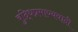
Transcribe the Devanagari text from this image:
बुद्धिप्रमाण्यवादी